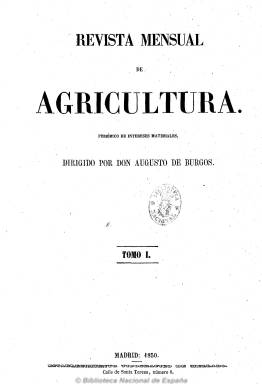
Título: Revista mensual de agricultura (1850)
Colección: Agricultura y ganadería
Ámbito geográfico: Madrid
Lugar de publicación: Madrid
Fechas: 01/01/1850-31/12/1850

Comienza a publicarse en enero de 1850 con el subtítulo “periódico de intereses materiales” por su propietario y director Augusto de Burgos (1813-), editor y periodista especializado en agricultura y ganadería, que había editado previamente Revista barcelonesa (1847) y fue autor de diccionarios y manuales sobre estas materias. En agosto de ese año absorbe a Semanario agrícola, del doctor en medicina y catedrático Antonio Blanco Fernández (-1873), que desde el siete de febrero al 18 de julio venía apareciendo el jueves en números de ocho páginas, estampado en la imprenta de los señores Andrés y Díaz.

La revista dirigida por Augusto de Burgos, con una línea editorial diferente a la que había mantenido el semanario de Blanco Fernández, achacará el decaimiento de la agricultura en España a los propios agricultores, a comerciantes e industriales y a la escasez de población, y pondrá su énfasis en la “regeneración” de los propietarios, dada su falta de conocimientos, así como en la financiación e inversiones. La publicación se considerará “apóstol del progreso intelectual y órgano al mismo tiempo de los intereses materiales de la clase labradora”.

Su ideario es dar una idea exacta de las doctrinas agrícolas, poner al corriente de los agricultores los elementos de la ciencia y formar “el armazón” de conocimientos a través de artículos. Sus contenidos están estructurados en secciones y en la denominada Agrícola insertará textos técnicos y de divulgación sobre los grandes cultivos, y en la oficial, disposiciones normativas. Dispone de una parte histórica, en la que da cuenta de la actividad de la Junta General de Agricultura, que había nacido el año anterior y de la que parece ser su portavoz. También publica memorias y artículos de economía política y rural.

Otras secciones son la industrial, la comercial y la de variedades, con informaciones sobre avances técnicos y noticias de provincias. Incluye artículos e informaciones mercantiles e industriales y comentarios de noticias de otros periódicos. Asimismo, publica un boletín agrícola, industrial y mercantil, con los precios de los productos agrarios y las cotizaciones de la bolsa de Madrid, así como el parte meteorológico. También da cabida a anuncios publicitarios, al final.

Publica por entregas Cartilla agraria o sea Manual de agricultura teórica-práctica, unas consideraciones generales acerca del estado actual de la agricultura en Europa, así como textos sobre la importancia del riego, los vinos navarros y riojanos, el cultivo del algodón, la cría caballar o las cabañas trashumantes, un proyecto sobre la enseñanza agrícola militar, una memoria sobre la Vega de Motril, destacando las dedicadas a las causas de la sequía de las provincias de Murcia y Alicante, que publica el lorquino José Musso y Fontes (1816-1886), entre otros de sus muchos interesantes artículos.

Este título forma un tomo con entregas mensuales de 48 páginas y foliación continuada, de 467 páginas en total, con un índice, al final, estampadas a dos columnas en el establecimiento tipográfico de Francisco de Paula y Mellado, acompañando a sus textos algunos grabados de agricultura y ganadería. A partir de 1851 cambia su título a Revista semanal de agricultura, que también pude ser consultado en esta Hemeroteca Digital de la BNE.